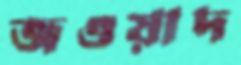
জওয়াদ